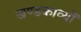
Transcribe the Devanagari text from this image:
खण्डकाव्यों